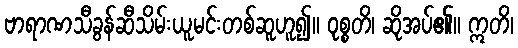
ဗာရာဏသီခွန်ဆီသိမ်းယူမင်းတစ်ဆူဟူ၍။ ဝုစ္စတိ၊ ဆိုအပ်၏။ ဣတိ၊